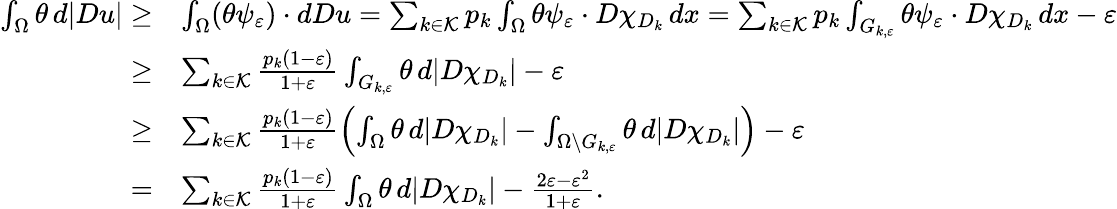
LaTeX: \begin{array}{rl}{\int_{\Omega}\theta\, d|Du|\geq}&{\int_{\Omega}(\theta\psi_{\varepsilon})\cdot dDu=\sum_{k\in\mathcal K}p_{k}\int_{\Omega}\theta\psi_{\varepsilon}\cdot D\chi_{D_{k}}\, dx=\sum_{k\in\mathcal K}p_{k}\int_{G_{k,\varepsilon}}\theta\psi_{\varepsilon}\cdot D\chi_{D_{k}}\, dx-\varepsilon}\\ {\geq}&{\sum_{k\in\mathcal K}\frac{p_{k}(1-\varepsilon)}{1+\varepsilon}\int_{G_{k,\varepsilon}}\theta\, d|D\chi_{D_{k}}|-\varepsilon}\\ {\geq}&{\sum_{k\in\mathcal K}\frac{p_{k}(1-\varepsilon)}{1+\varepsilon}\left(\int_{\Omega}\theta\, d|D\chi_{D_{k}}|-\int_{\Omega\setminus G_{k,\varepsilon}}\theta\, d|D\chi_{D_{k}}|\right)-\varepsilon}\\ {=}&{\sum_{k\in\mathcal K}\frac{p_{k}(1-\varepsilon)}{1+\varepsilon}\int_{\Omega}\theta\, d|D\chi_{D_{k}}|-\frac{2\varepsilon-\varepsilon^{2}}{1+\varepsilon}.}\end{array}